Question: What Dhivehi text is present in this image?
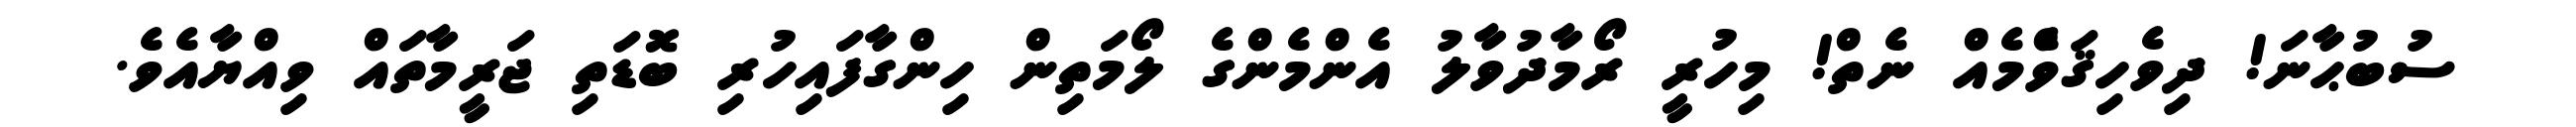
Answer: ސުބުޙާނަ! ދިވެހިޤަވްެމެއް ނެތް! މިހުރީ ރޯމާދުވާލު އެންމެންގެ ލޯމަތިން ހިންގާފައިހުރި ބޮޑަތި ޖަރީމާތައް ވިއްޔާއެވެ.